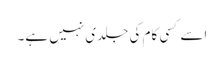
اسے کسی کام کی جلدی نہیں ہے۔